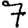
Digit: 7